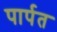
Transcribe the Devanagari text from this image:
पार्पत